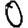
Digit: 0